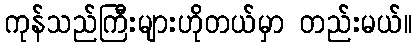
ကုန်သည်ကြီးများဟိုတယ်မှာ တည်းမယ်။